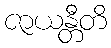
ဇာယန္တီတိ